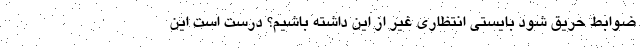
ضوابط حریق شود بایستی انتظاری غیر از این داشته باشیم؟ درست است این